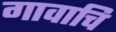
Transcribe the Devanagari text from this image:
गावाचि